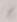
Text: 7